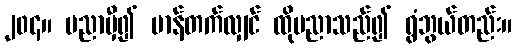
၂၀၄။ ပညာမှီ၍ မာန်တက်လျှင် ထိုပညာသည်၍ ရွံဘွယ်တည်း။